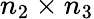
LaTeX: n_{2}\times n_{3}